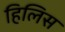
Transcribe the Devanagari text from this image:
हिलिस